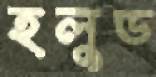
হলুড